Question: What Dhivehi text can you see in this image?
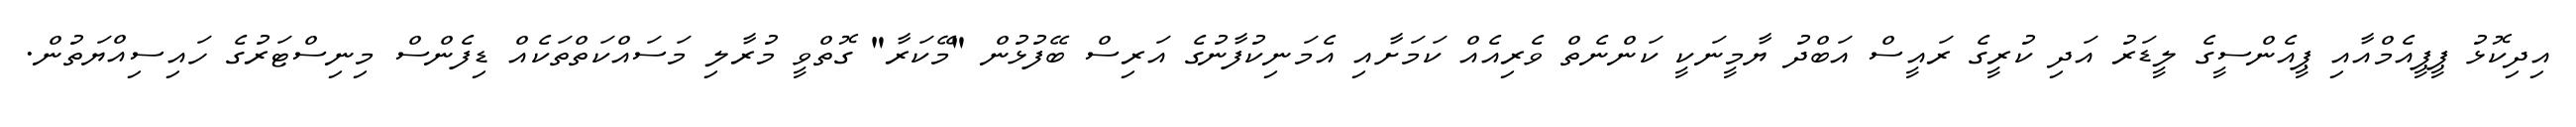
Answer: އިދިކޮޅު ޕީޕީއެމްއާއި ޕީއެންސީގެ ލީޑަރު އަދި ކުރީގެ ރައީސް އަބްދު ޔާމީނަކީ ކަންނެތް ވެރިއެއް ކަމަށާއި އެމަނިކުފާނުގެ އަރިސް ބޭފުޅުން "މޭކަރާ" ގޮތްވީ މުރާލި މަސައްކަތްތަކެއް ޑިފެންސް މިނިސްޓަރުގެ ހައިސިއްޔަތުން.